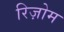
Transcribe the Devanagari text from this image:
रिज़ोम